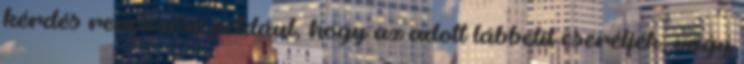
kérdés rendezése például, hogy az adott lábbelit cseréljék, vagy